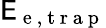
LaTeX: \mathsf{E}_{\mathrm{{~e~,~t~r~a~p~}}}